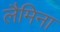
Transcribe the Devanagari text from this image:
लैमिना